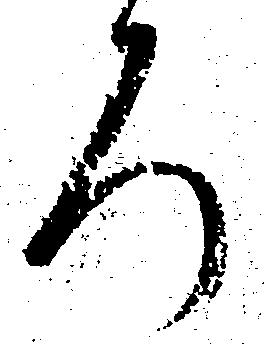
ろ